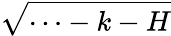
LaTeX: \sqrt{\cdots-k-H}